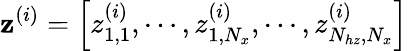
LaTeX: \mathbf{z}^{(i)}=\left[z_{1,1}^{(i)},\cdots,z_{1,N_{x}}^{(i)},\cdots,z_{N_{hz},N_{x}}^{(i)}\right]